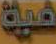
شدية